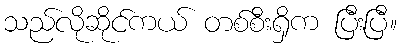
သည်လိုဆိုင်ကယ် တစ်စီးရှိက ပြီးပြီ။